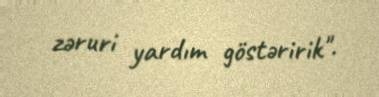
zəruri yardım göstəririk".